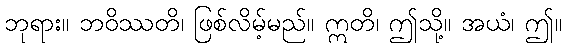
ဘုရား။ ဘဝိဿတိ၊ ဖြစ်လိမ့်မည်။ ဣတိ၊ ဤသို့။ အယံ၊ ဤ။